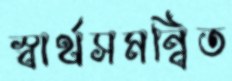
স্বার্থসমন্বিত